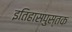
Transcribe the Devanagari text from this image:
इतिहासपुस्तक